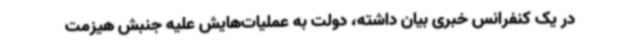
در یک کنفرانس خبری بیان داشته، دولت به عملیات‌هایش علیه جنبش هیزمت